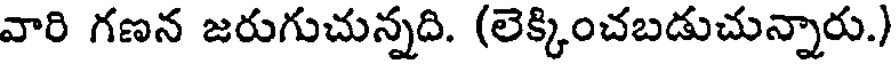
వారి గణన జరుగుచున్నది. (లెక్కించబడుచున్నారు.)